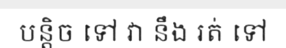
បន្តិច ទៅ វា នឹង រត់ ទៅ